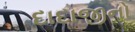
દાદાજીનો